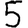
Digit: 5